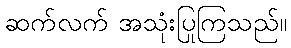
ဆက်လက် အသုံးပြုကြသည်။